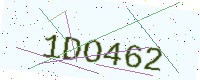
Text: 1DO462